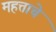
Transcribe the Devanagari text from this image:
महत्ताचे